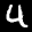
Label: 4